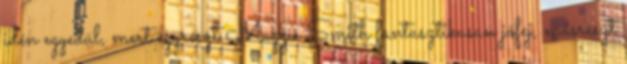
idén egyedül, mert egyrészt Maggie Smith fantasztikusan jófej, másrészt